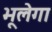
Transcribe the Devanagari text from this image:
भूलेगा